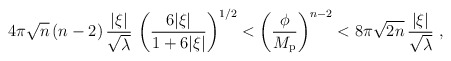
\begin{align*}4\pi\sqrt n\,(n-2)\,{|\xi|\over\sqrt\lambda}\,\left({6|\xi|\over1+6|\xi|}\right)^{1/2} <\left({\phi\over M_{\rm p}}\right)^{n-2} <8\pi\sqrt{2n}\,{|\xi|\over\sqrt\lambda}\ ,\end{align*}